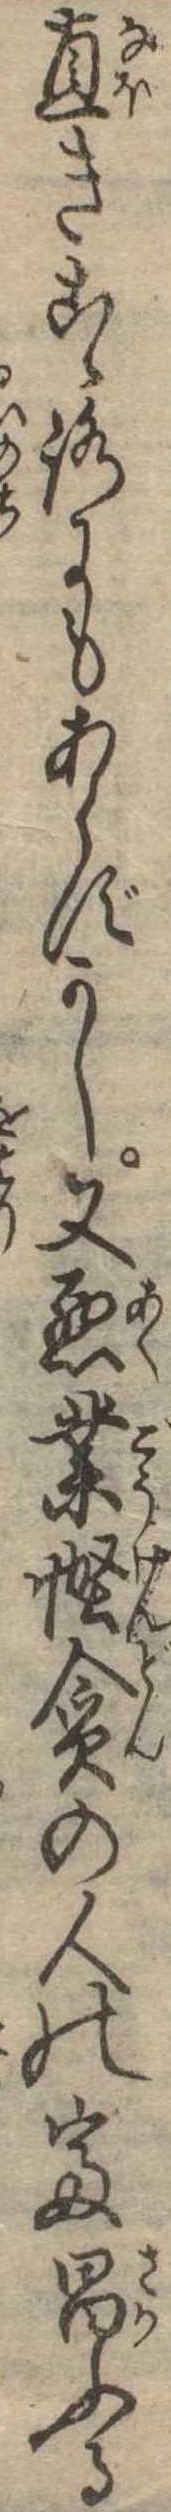
直きこゝろにもあらずかし又悪業慳貪の人の富昌ふる